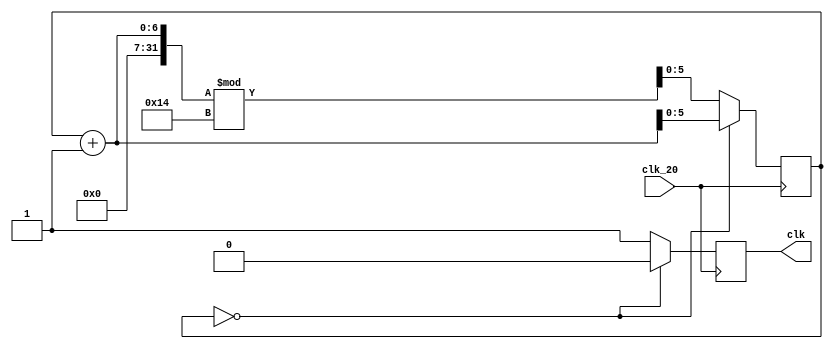
`timescale 1ns / 1ps
//////////////////////////////////////////////////////////////////////////////////
// Company: 
// Engineer: 
// 
// Design Name: 
// Module Name:    clock_divider 
// Project Name: 
// Target Devices: 
// Tool versions: 
// Description: 
//
// Dependencies: 
//
// Revision: 
// Revision 0.01 - File Created
// Additional Comments: 
//
//////////////////////////////////////////////////////////////////////////////////
module clock_divider(input clk_20, output reg clk
    );
	 
reg [5:0] counter = 0;
always@(posedge clk_20)
begin
	if(counter == 0)
		begin
		clk <= 0;
		counter <= counter + 1;
		end
	else
		begin
		clk <= 1;
		counter <= (counter + 1 )%20;
		end
end

endmodule